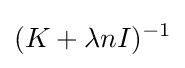
(K+\lambda nI)^{-1}